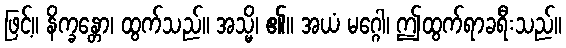
ဖြင့်။ နိက္ခန္တော၊ ထွက်သည်။ အသ္မိ၊ ၏။ အယံ မဂ္ဂေါ၊ ဤထွက်ရာခရီးသည်။